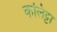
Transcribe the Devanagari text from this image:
कलिट्टा